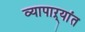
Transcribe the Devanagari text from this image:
व्यापाऱ्यांत